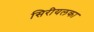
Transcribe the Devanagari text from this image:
सिरीयलका